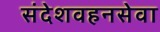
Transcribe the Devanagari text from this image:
संदेशवहनसेवा